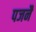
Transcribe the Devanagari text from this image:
पजनै